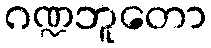
ဂဏ္ဍဘူတော